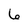
Character: 6